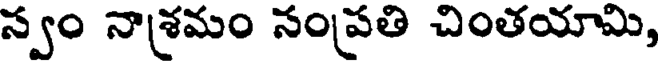
స్వం నాశ్రమం సంప్రతి చింతయామి,